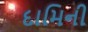
દામિની